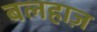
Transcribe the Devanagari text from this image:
बलहाज़